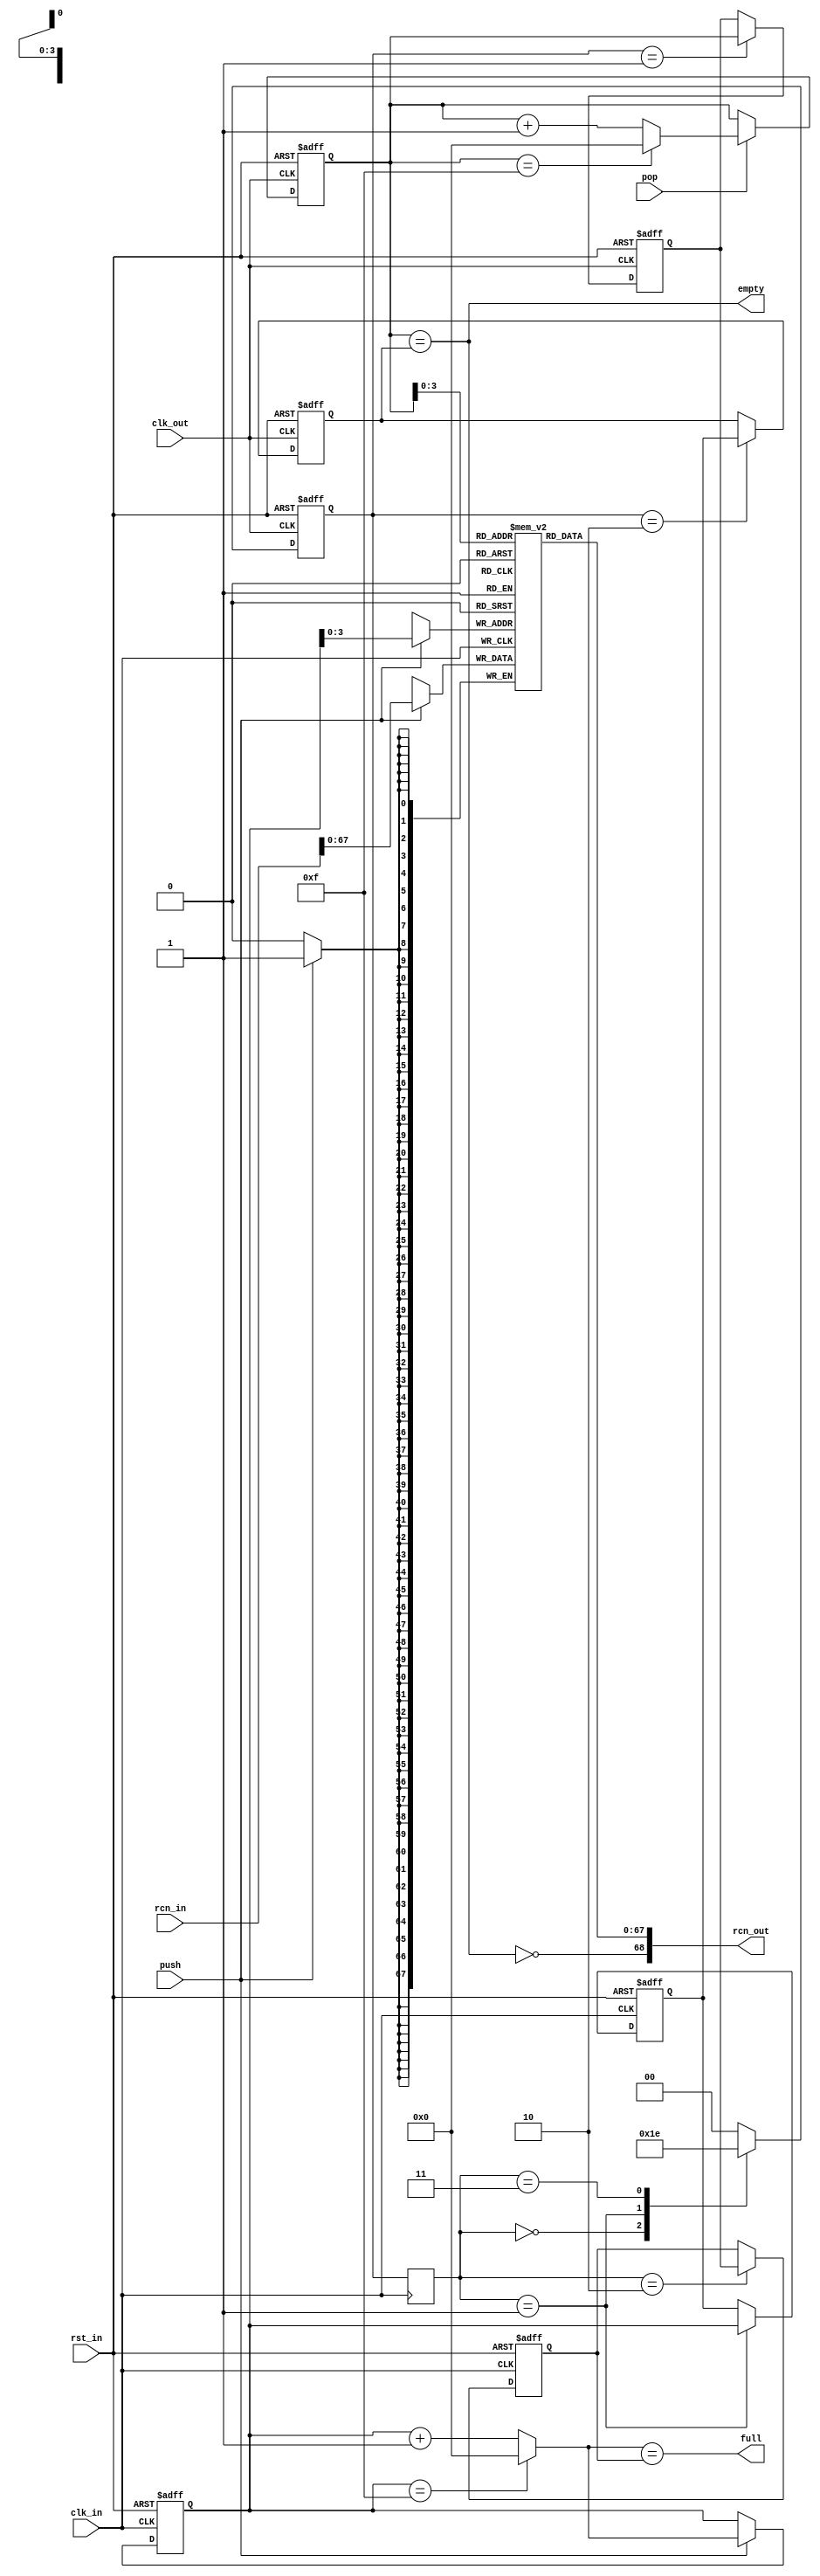
module rcn_fifo_async
(
    input rst_in,
    input clk_in,
    input clk_out,

    input [68:0] rcn_in,
    input push,
    output full,

    output [68:0] rcn_out,
    input pop,
    output empty
);
    parameter DEPTH = 16; // max 64 (can hold DEPTH-1 before full)

    reg [1:0] cross_in;
    reg [5:0] head_in;
    reg [5:0] head_snapshot;
    reg [5:0] tail_in;

    reg [1:0] cross_out;
    reg [5:0] head_out;
    reg [5:0] tail_out;
    reg [5:0] tail_snapshot;

    always @ (posedge clk_in)
        cross_in <= cross_out;

    always @ (posedge clk_out or posedge rst_in)
        if (rst_in)
            cross_out <= 2'b00;
        else
            case (cross_in)
            2'b00: cross_out <= 2'b01;
            2'b01: cross_out <= 2'b11;
            2'b11: cross_out <= 2'b10;
            default: cross_out <= 2'b00;
            endcase

    wire [5:0] head_in_next = (head_in == (DEPTH - 1)) ? 6'd0 : head_in + 6'd1;
    wire fifo_full = (head_in_next == tail_in);

    always @ (posedge clk_in or posedge rst_in)
        if (rst_in)
        begin
            head_in <= 6'd0;
            head_snapshot <= 6'd0;
            tail_in <= 6'd0;
        end
        else
        begin
            if (push)
                head_in <= head_in_next;

            case (cross_in)
            2'b01: head_snapshot <= head_in;
            2'b10: tail_in <= tail_snapshot;
            endcase
        end

    wire [5:0] tail_out_next = (tail_out == (DEPTH - 1)) ? 6'd0 : tail_out + 6'd1;
    wire fifo_empty = (tail_out == head_out);

    always @ (posedge clk_out or posedge rst_in)
        if (rst_in)
        begin
            head_out <= 6'd0;
            tail_out <= 6'd0;
            tail_snapshot <= 6'd0;
        end
        else
        begin
            if (pop)
                tail_out <= tail_out_next;

            case (cross_out)
            2'b01: tail_snapshot <= tail_out;
            2'b10: head_out <= head_snapshot;
            endcase
        end

    reg [67:0] fifo[(DEPTH - 1):0];

    always @ (posedge clk_in)
        if (push)
            fifo[head_in] <= rcn_in[67:0];

    assign full = fifo_full;
    assign empty = fifo_empty;

    assign rcn_out = {!fifo_empty, fifo[tail_out]};

endmodule